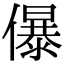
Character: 儤